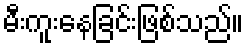
မီးကူးနေခြင်းဖြစ်သည်။